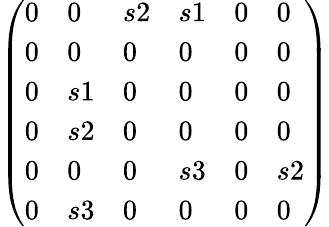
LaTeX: \left(\begin{array}{llllll}{{0}}&{{0}}&{{s2}}&{{s1}}&{{0}}&{{0}}\\ {{0}}&{{0}}&{{0}}&{{0}}&{{0}}&{{0}}\\ {{0}}&{{s1}}&{{0}}&{{0}}&{{0}}&{{0}}\\ {{0}}&{{s2}}&{{0}}&{{0}}&{{0}}&{{0}}\\ {{0}}&{{0}}&{{0}}&{{s3}}&{{0}}&{{s2}}\\ {{0}}&{{s3}}&{{0}}&{{0}}&{{0}}&{{0}}\end{array}\right)